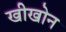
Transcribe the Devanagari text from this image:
खीखोन